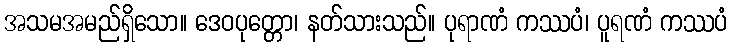
အသမအမည်ရှိသော။ ဒေဝပုတ္တော၊ နတ်သားသည်။ ပုရာဏံ ကဿပံ၊ ပူရဏံ ကဿပံ